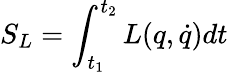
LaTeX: S_{L}=\int_{t_{1}}^{t_{2}}L(q,\dot{q})dt